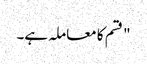
" قسم کا معاملہ ہے۔